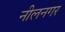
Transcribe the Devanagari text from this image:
नीलनगर